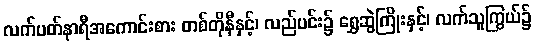
လက်ပတ်နာရီအကောင်းစား တစ်တိုနီနှင့်၊ လည်ပင်း၌ ရွှေဆွဲကြိုးနှင့်၊ လက်သူကြွယ်၌